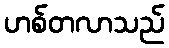
ဟစ်တလာသည်